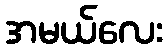
အမယ်လေး